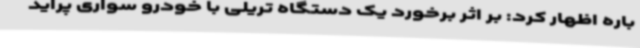
باره اظهار کرد: بر اثر برخورد یک دستگاه تریلی با خودرو سواری پراید